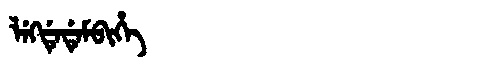
Manchu: ᠯᡝᡴᡩᡝᡩᡝᠮᠪᡳᡥᡝ
Romanization: LEKDEDEMBIHE